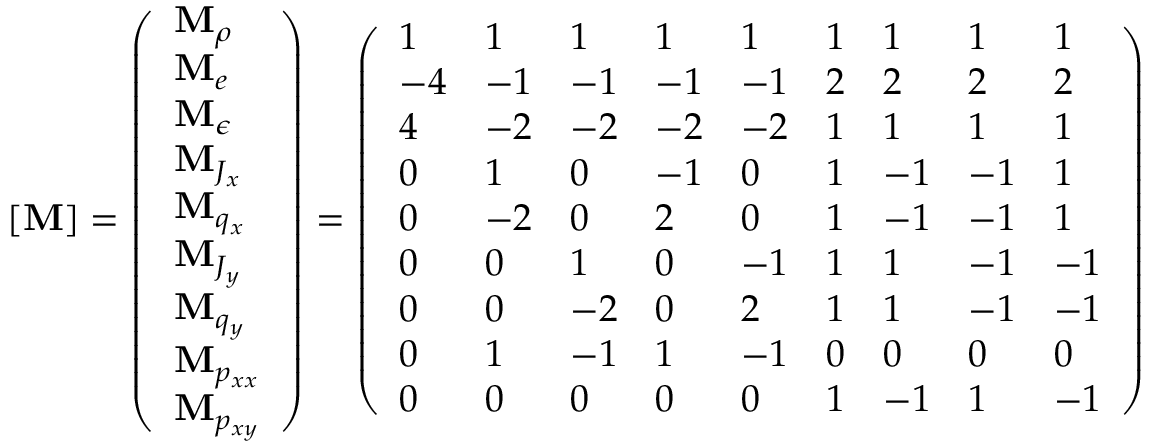
[ \mathbf { M } ] = \left( \begin{array} { l } { \mathbf { M } _ { \rho } } \\ { \mathbf { M } _ { e } } \\ { \mathbf { M } _ { \epsilon } } \\ { \mathbf { M } _ { J _ { x } } } \\ { \mathbf { M } _ { q _ { x } } } \\ { \mathbf { M } _ { J _ { y } } } \\ { \mathbf { M } _ { q _ { y } } } \\ { \mathbf { M } _ { p _ { x x } } } \\ { \mathbf { M } _ { p _ { x y } } } \end{array} \right) = \left( \begin{array} { l l l l l l l l l } { 1 } & { 1 } & { 1 } & { 1 } & { 1 } & { 1 } & { 1 } & { 1 } & { 1 } \\ { - 4 } & { - 1 } & { - 1 } & { - 1 } & { - 1 } & { 2 } & { 2 } & { 2 } & { 2 } \\ { 4 } & { - 2 } & { - 2 } & { - 2 } & { - 2 } & { 1 } & { 1 } & { 1 } & { 1 } \\ { 0 } & { 1 } & { 0 } & { - 1 } & { 0 } & { 1 } & { - 1 } & { - 1 } & { 1 } \\ { 0 } & { - 2 } & { 0 } & { 2 } & { 0 } & { 1 } & { - 1 } & { - 1 } & { 1 } \\ { 0 } & { 0 } & { 1 } & { 0 } & { - 1 } & { 1 } & { 1 } & { - 1 } & { - 1 } \\ { 0 } & { 0 } & { - 2 } & { 0 } & { 2 } & { 1 } & { 1 } & { - 1 } & { - 1 } \\ { 0 } & { 1 } & { - 1 } & { 1 } & { - 1 } & { 0 } & { 0 } & { 0 } & { 0 } \\ { 0 } & { 0 } & { 0 } & { 0 } & { 0 } & { 1 } & { - 1 } & { 1 } & { - 1 } \end{array} \right)